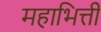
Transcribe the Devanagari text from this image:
महाभित्ती